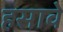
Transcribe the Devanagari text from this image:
हसावे